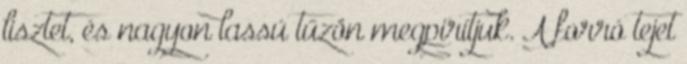
lisztet, és nagyon lassú tűzön megpirítjuk. A forró tejet